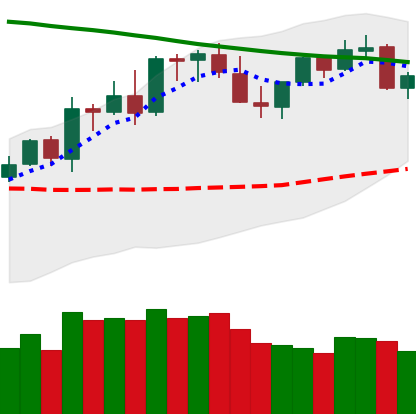
Ticker: LTC-USD
Chart end date: 2021-08-25
Forward return: -5.731%
Label: down_5_7